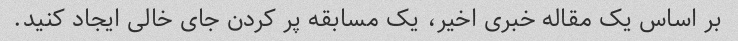
بر اساس یک مقاله خبری اخیر، یک مسابقه پر کردن جای خالی ایجاد کنید.